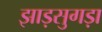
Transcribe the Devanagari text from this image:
झाड़सुगड़ा